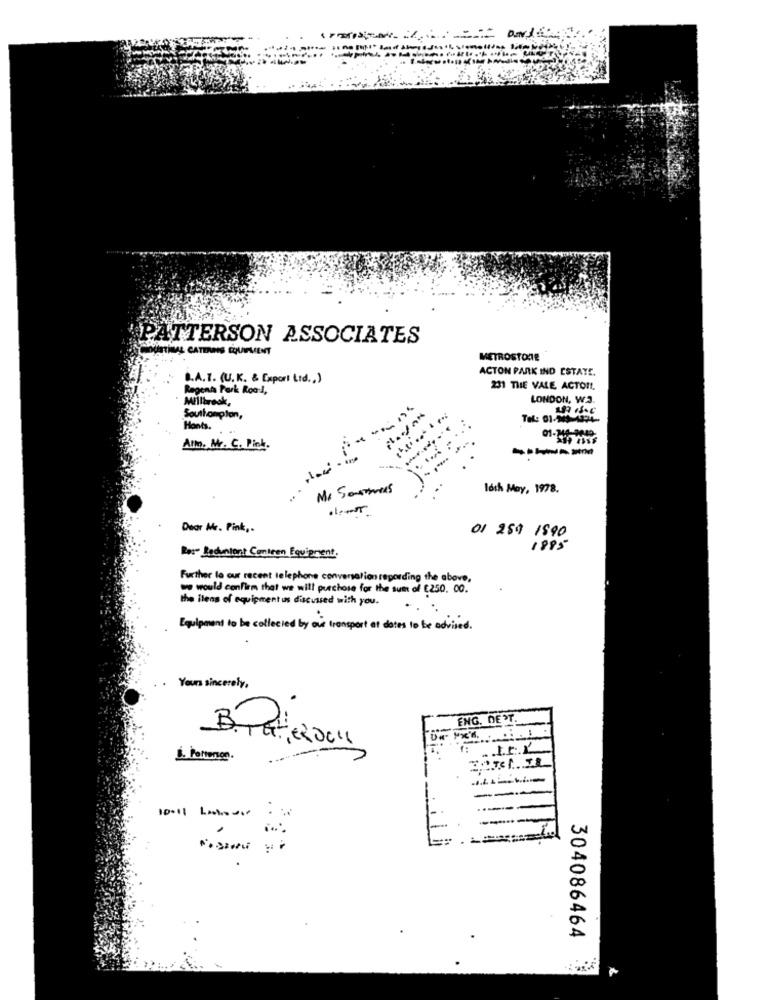
PATTERSON ASSOCIATES
HAL CATERUNS EQUIPMENT
METROSTORE
ACTON PARK IND ESTATE.
B.A.T. (U.K. & Export Ltd ., )
Regents Park RoadJ,
231 THE VALE ACTOR !.
Millbrook,
LONDON, W.3.
Southampton,
Tel: 01-349-1834-
Han's.
All. Mr. C. Pick.
----
M. Soomes
loth May, 1978.
Dear Mr. Pink ,.
01 259 1890
1895
Ras- Soculent Conteen Equipment.
Further to our recent telephone conversation regarding the above,
we would confirm that we will purchase for the sum of E250. 00.
the ilens of equipment ins discussed with you.
Equipment to be collected by air transport at dates to be advised.
Yours sincerely,
ENG. DEST.
1:
.I.t .. Y.
1. Porteren.
10-11 Lastover
304086464